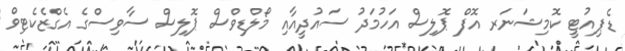
ޑެޕިއުޓީ ކޮމިޝަނަރ އޮފް ޕޮލިސް އަހުމަދު ސައުދީއާއި މޯލްޑިވްސް ޕޮލިސް ސާވިސްގެ އެގްޒެކެޓިވް